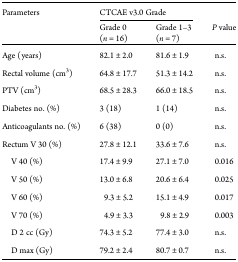
<table><thead><tr><td rowspan="2"><b>Parameters</b></td><td colspan="2"><b>CTCAE v3.0 Grade</b></td><td></td></tr><tr><td><b>Grade 0 (<i>n</i> = 16)</b></td><td><b>Grade 1–3 (<i>n</i> = 7)</b></td><td><b><i>P</i> value</b></td></tr></thead><tbody><tr><td>Age (years)</td><td>82.1 ± 2.0</td><td>81.6 ± 1.9</td><td>n.s.</td></tr><tr><td>Rectal volume (cm<sup>3</sup>)</td><td>64.8 ± 17.7</td><td>51.3 ± 14.2</td><td>n.s.</td></tr><tr><td>PTV (cm<sup>3</sup>)</td><td>68.5 ± 28.3</td><td>66.0 ± 18.5</td><td>n.s.</td></tr><tr><td>Diabetes no. (%)</td><td>3 (18)</td><td>1 (14)</td><td>n.s.</td></tr><tr><td>Anticoagulants no. (%)</td><td>6 (38)</td><td>0 (0)</td><td>n.s.</td></tr><tr><td>Rectum V 30 (%)</td><td>27.8 ± 12.1</td><td>33.6 ± 7.6</td><td>n.s.</td></tr><tr><td> V 40 (%)</td><td>17.4 ± 9.9</td><td>27.1 ± 7.0</td><td>0.016</td></tr><tr><td> V 50 (%)</td><td>13.0 ± 6.8</td><td>20.6 ± 6.4</td><td>0.025</td></tr><tr><td> V 60 (%)</td><td>9.3 ± 5.2</td><td>15.1 ± 4.9</td><td>0.017</td></tr><tr><td> V 70 (%)</td><td>4.9 ± 3.3</td><td>9.8 ± 2.9</td><td>0.003</td></tr><tr><td> D 2 cc (Gy)</td><td>74.3 ± 5.2</td><td>77.4 ± 3.0</td><td>n.s.</td></tr><tr><td> D max (Gy)</td><td>79.2 ± 2.4</td><td>80.7 ± 0.7</td><td>n.s.</td></tr></tbody></table>